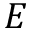
E